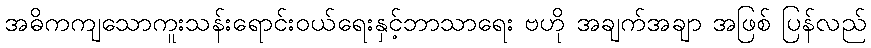
အဓိကကျသောကူးသန်းရောင်းဝယ်ရေးနှင့်ဘာသာရေး ဗဟို အချက်အချာ အဖြစ် ပြန်လည်